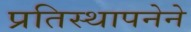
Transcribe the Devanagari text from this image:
प्रतिस्थापनेने